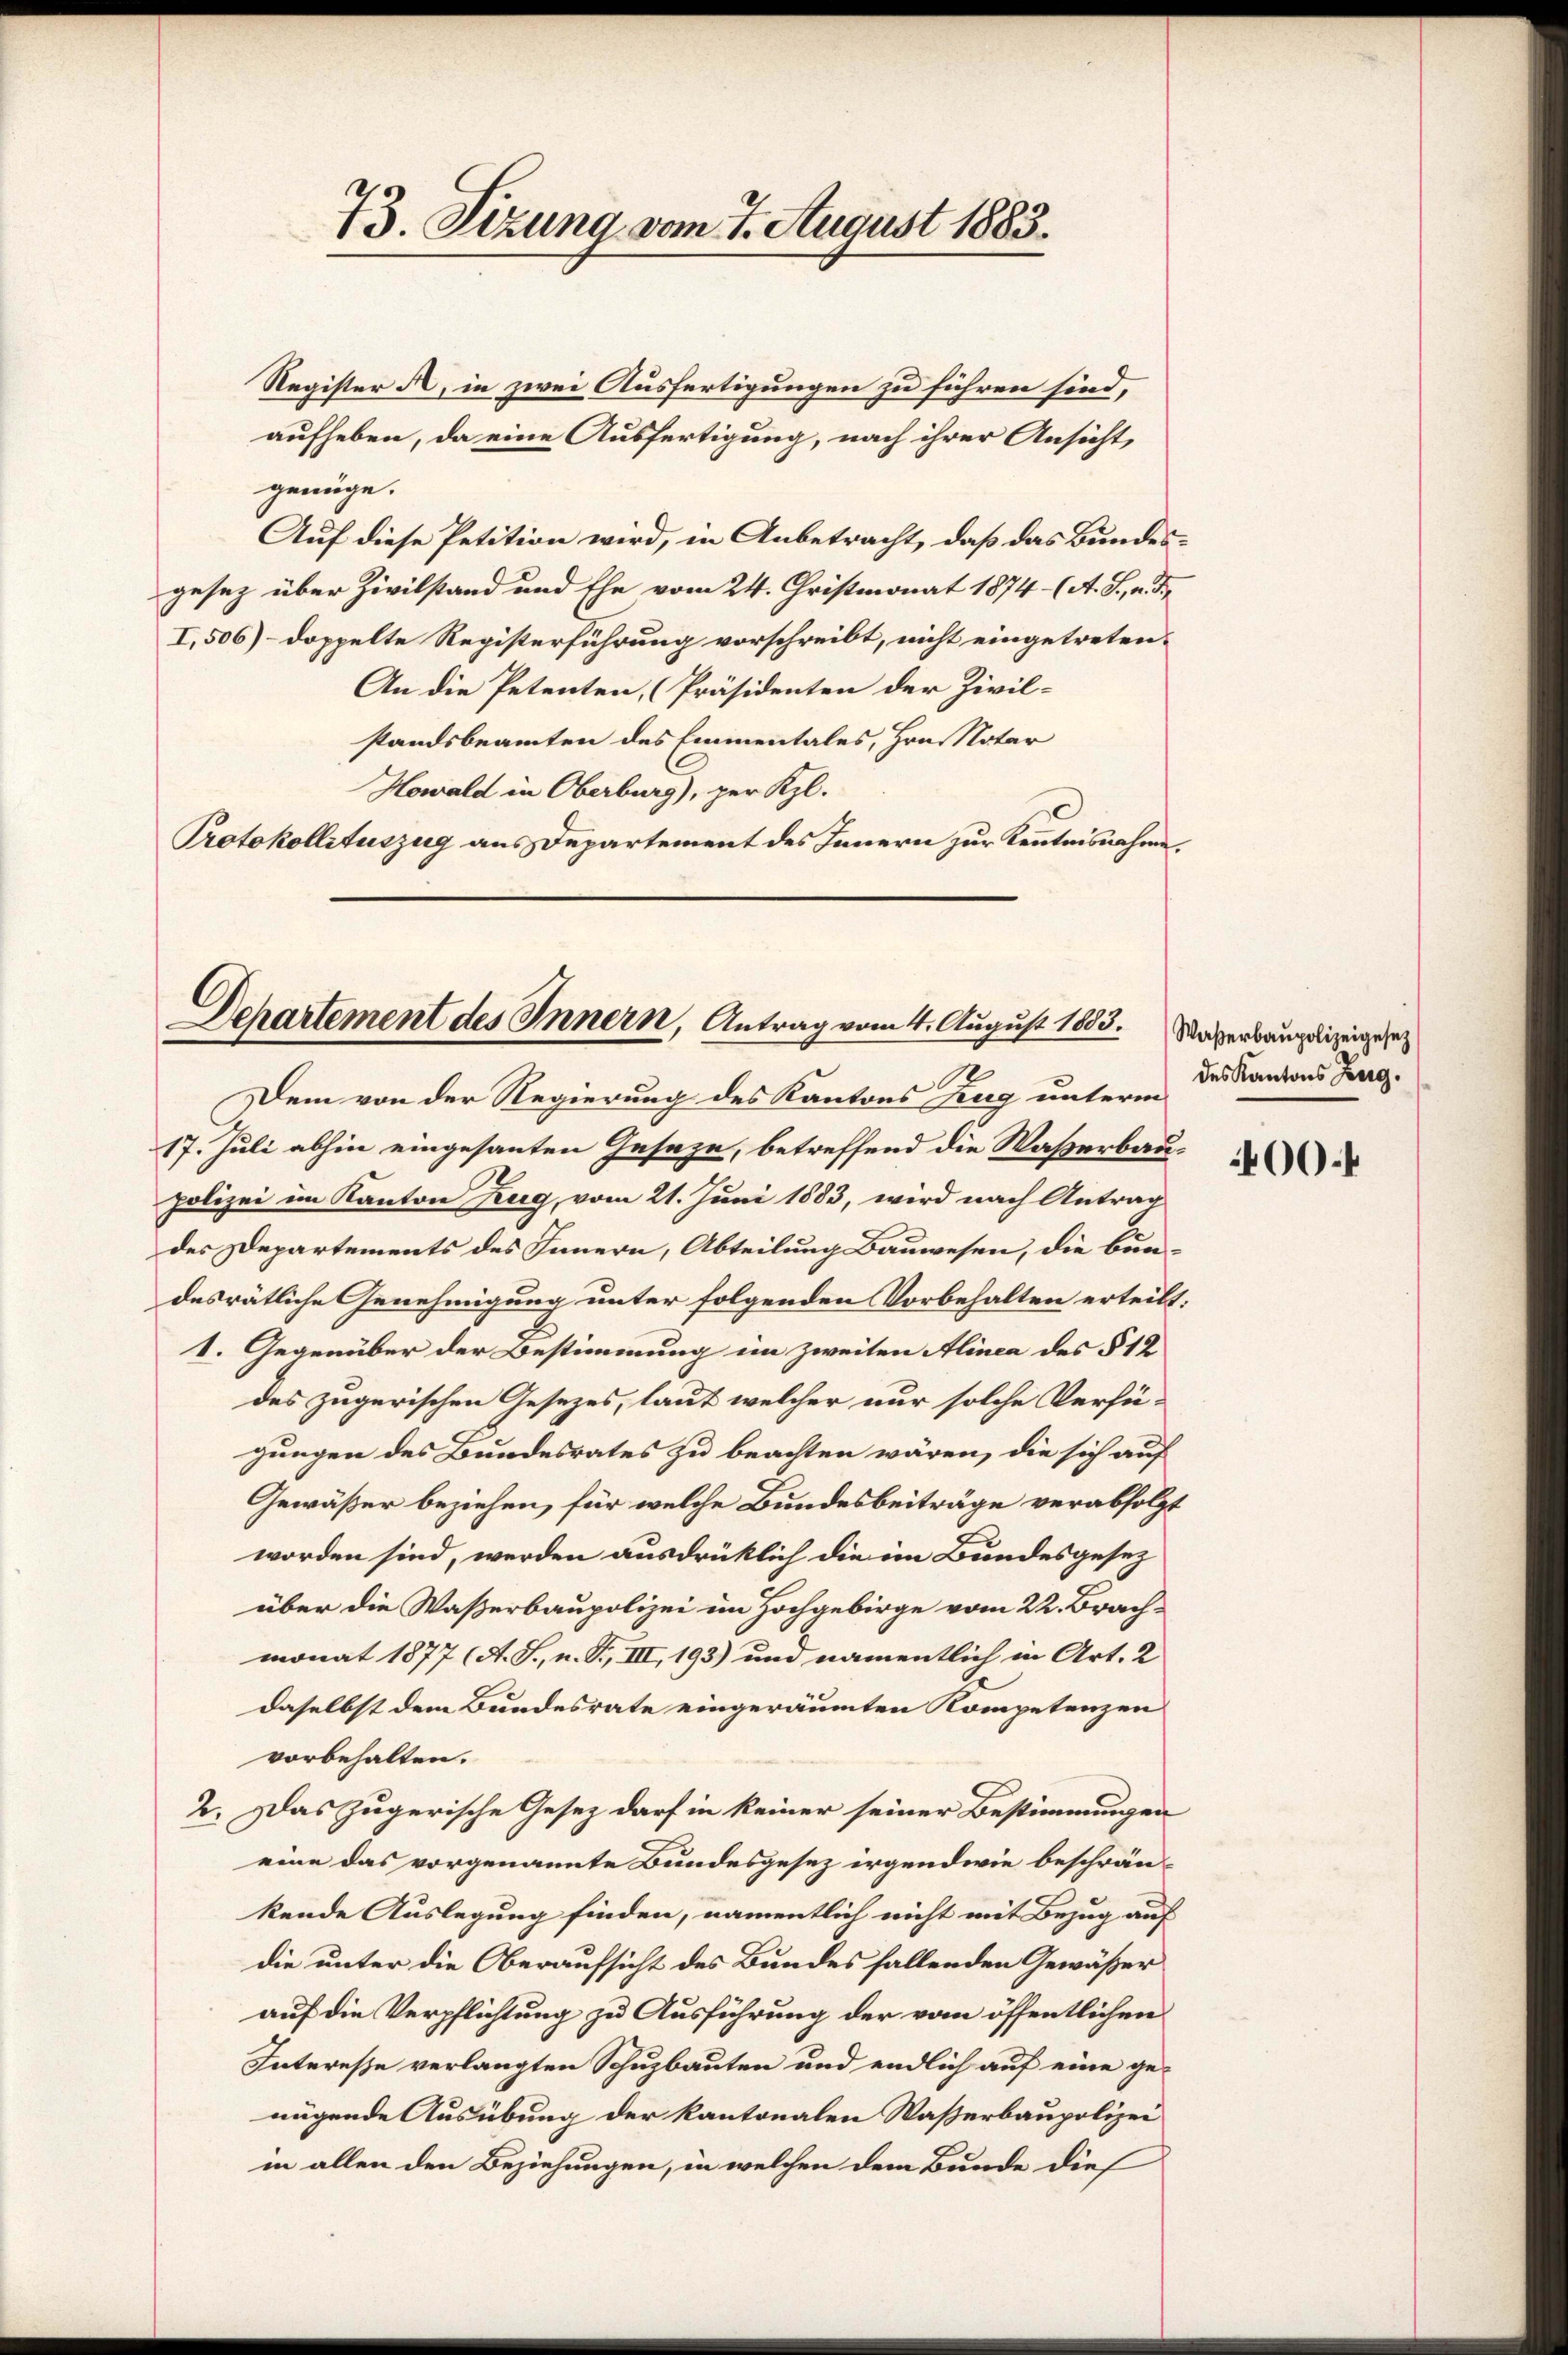
73. Sizung vom 7. August 1883.

Register A, in zwei Ausfertigungen zu führen sind,
aufheben, da eine Ausfertigung, nach ihrer Ansicht,
genüge.
Auf diese Petition wird, in Anbetracht, daß das Bundes-
gesez über Zivilstand und Ehe vom 24. Christmonat 1874- (A. S., n. F.
I.506) - doppelte Registerführung vorschreibt, nicht eingetreten.
An die Petenten, Präsidenten der Zivil-
standsbeamten des Emmentales, Hrn. Notar
Howald in Oberburg), per Kl.
Protokollituszug aus Departement des Innern zur Kenntnisnahme,

Dchartement des Innern, Antrag vom 4. August 1883.

Dem von der Regierung des Kantons Zug unterm
17. Juli abhin eingesanten Geseze, betreffend die Waßerbaupolizei im Kanton Zug, vom 21. Juni 1883, wird nach Antrag
des Departements des Innern, Abteilung Bauwesen, die bundesrätliche Genehmigung unter folgenden Vorbehalten erteilt:
1. Gegenüber der Bestimmung im zweiten Alinea des § 12
des zugerischen Gesezes, laut welcher nur solche Verfü-
gungen des Bundesrates zu beachten wären, die sich auf
Gewäßer beziehen, für welche Bundesbeiträge verabfolgt
worden sind, werden ausdrüklich die im Bundesgesez
über die Waßerbaupolizei im Hochgebirge vom 22. Brach-
monat 1877 (A. S., n. F. III, 193) um namentlich in Art. 2
daselbst dem Bundesrate eingeräumten Kompetenzen
vorbehalten.
2. Das Zugerische Gesez darf in keiner seiner Bestimmungen
eine das vorgenannte Bundesgesez irgendwie beschränkende Auslegung finden, namentlich nicht mit Bezug auf
die unter die Oberaufsicht des Bundes fallenden Gewäßer
auf die Verpflichtung zu Ausführung der vom öffentlichen
Interesse verlangten Schuzbauten und endlich auf eine ge-
nügende Ausübung der kantonalen Wasserbaupolizei
in allen den Beziehungen, in welchen dem Bunde dies

Waßerbaupolizeigesez
des Kantons Zug.

400.